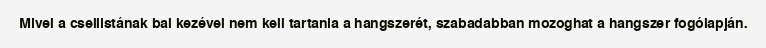
Mivel a csellistának bal kezével nem kell tartania a hangszerét, szabadabban mozoghat a hangszer fogólapján.